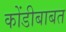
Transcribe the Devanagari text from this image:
कोंडीबाबत